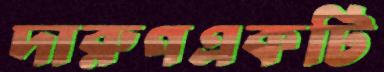
দারুণএকটি